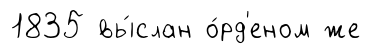
1835 вы́слан о́рд'еном же